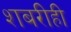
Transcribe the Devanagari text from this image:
शबरीही